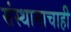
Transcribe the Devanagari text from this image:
संस्थानाचाही